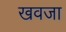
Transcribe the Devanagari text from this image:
खवजा